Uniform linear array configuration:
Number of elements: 12
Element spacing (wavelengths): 0.5
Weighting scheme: cosine
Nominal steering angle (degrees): -30
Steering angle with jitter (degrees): -28.075
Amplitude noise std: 0.05
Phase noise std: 0.05

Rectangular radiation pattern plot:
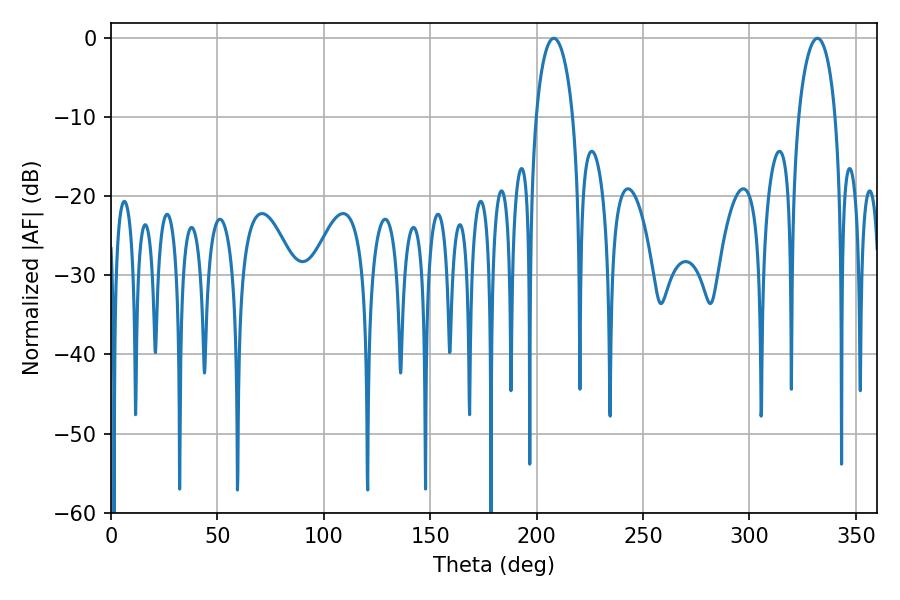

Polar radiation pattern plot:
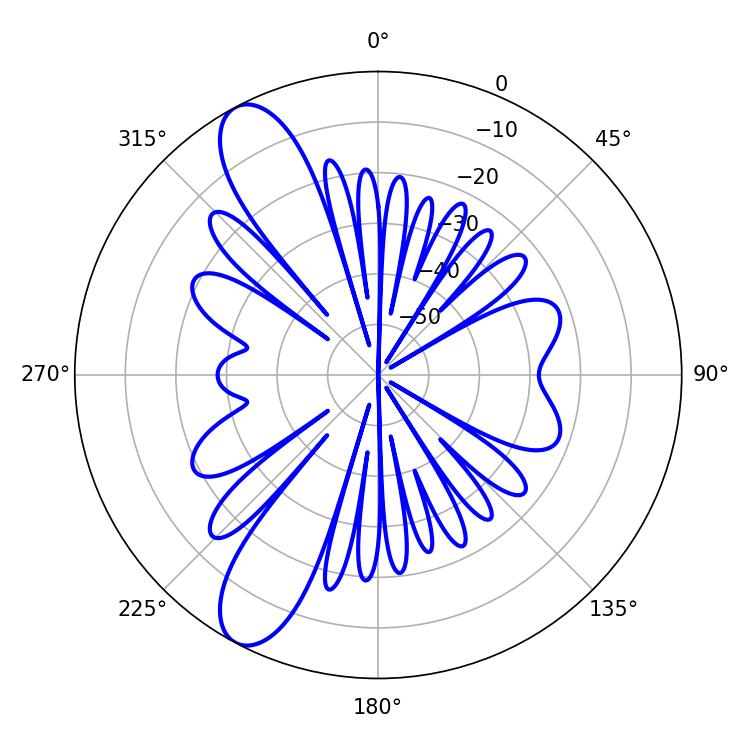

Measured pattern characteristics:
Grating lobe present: FALSE
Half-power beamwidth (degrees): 9.9
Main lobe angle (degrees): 208.08